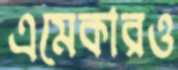
এমেকারও